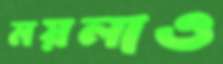
ময়লাও